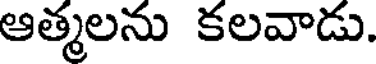
ఆత్మలను కలవాడు.